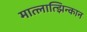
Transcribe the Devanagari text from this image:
मात्लात्झिन्कान